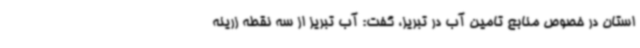
استان در خصوص منابع تامین آب در تبریز، گفت: آب تبریز از سه نقطه زرینه